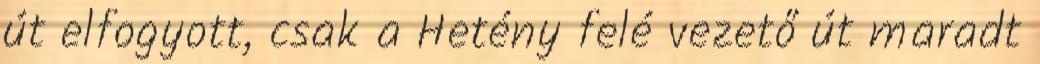
út elfogyott, csak a Hetény felé vezető út maradt